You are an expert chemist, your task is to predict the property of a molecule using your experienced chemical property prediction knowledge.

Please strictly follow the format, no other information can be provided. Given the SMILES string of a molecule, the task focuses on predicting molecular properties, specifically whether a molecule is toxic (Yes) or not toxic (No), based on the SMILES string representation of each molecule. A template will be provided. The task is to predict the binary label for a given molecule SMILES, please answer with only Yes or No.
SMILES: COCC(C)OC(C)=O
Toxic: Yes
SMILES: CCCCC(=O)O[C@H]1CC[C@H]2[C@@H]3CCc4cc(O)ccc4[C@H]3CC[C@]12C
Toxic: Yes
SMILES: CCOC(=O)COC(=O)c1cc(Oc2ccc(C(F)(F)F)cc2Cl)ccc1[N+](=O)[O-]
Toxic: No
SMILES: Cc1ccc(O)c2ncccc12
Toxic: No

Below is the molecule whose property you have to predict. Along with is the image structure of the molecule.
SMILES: CCC(C)(C#N)/N=N/C(C)(C#N)CC
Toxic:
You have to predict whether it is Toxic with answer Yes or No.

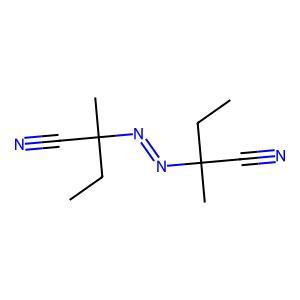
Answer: No